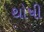
થોષી